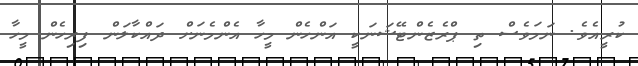
ކުރީއެވެ. ނަމަވެސް ތި ޕްރެޒެންޓޭޝަނަކީ އަންހެން މީހާ އެންމެނަށް ދައްކާލަން ފިރިހެން މީހާ